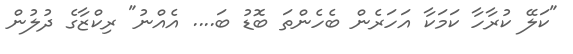
"ކަލޭ ކުރާހާ ކަމަކާ އަހަރެން ބެހެންތަ ބޮޑު ބަ.... އެއްނު" ރިކްޒާގެ ދުލުން